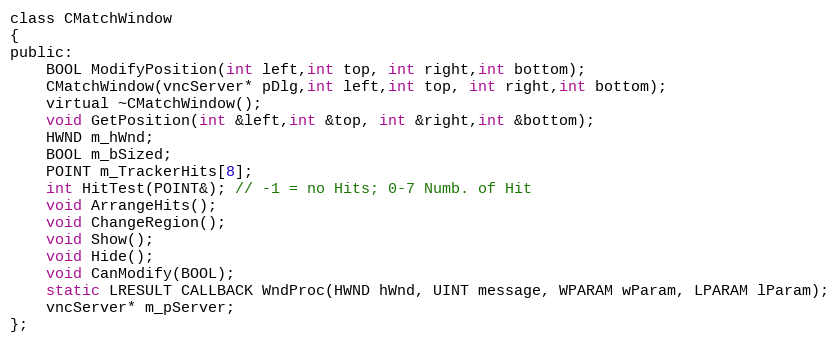
Language: C
class CMatchWindow
{
public:
	BOOL ModifyPosition(int left,int top, int right,int bottom);
	CMatchWindow(vncServer* pDlg,int left,int top, int right,int bottom);
	virtual ~CMatchWindow();
	void GetPosition(int &left,int &top, int &right,int &bottom);
	HWND m_hWnd;
	BOOL m_bSized;
	POINT m_TrackerHits[8];
	int HitTest(POINT&); // -1 = no Hits; 0-7 Numb. of Hit
    void ArrangeHits();
    void ChangeRegion();
	void Show();
	void Hide();
	void CanModify(BOOL);
	static LRESULT CALLBACK WndProc(HWND hWnd, UINT message, WPARAM wParam, LPARAM lParam);
    vncServer* m_pServer;
};